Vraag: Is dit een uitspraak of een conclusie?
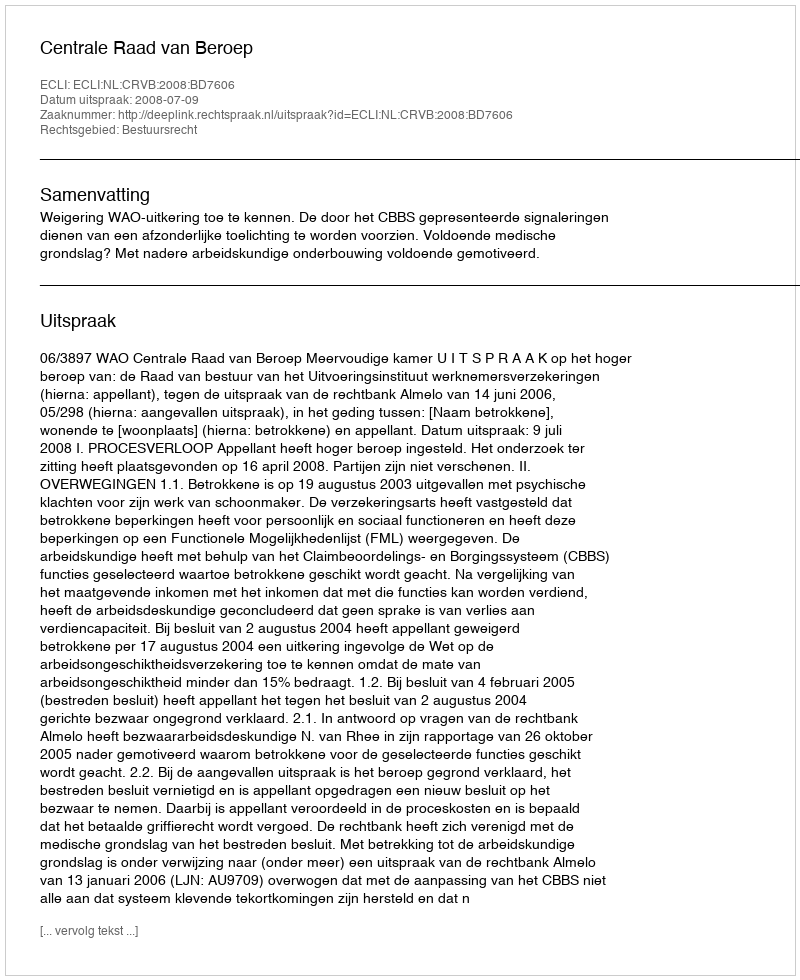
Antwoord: Uitspraak